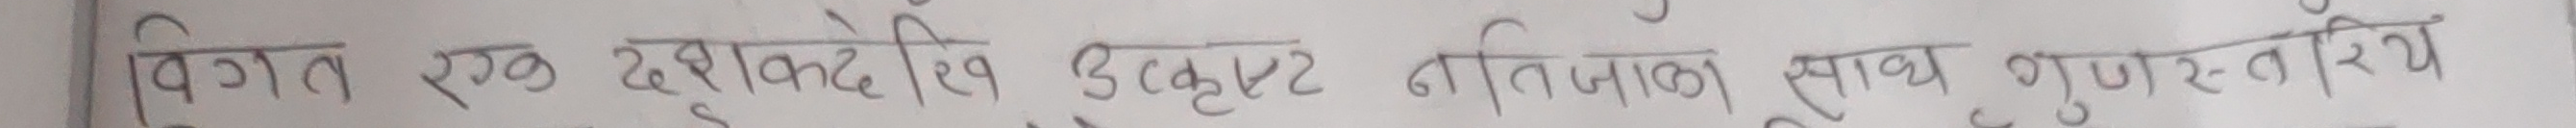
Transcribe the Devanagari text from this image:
विगत एक दृष्टिकोन उत्कृष्ट नतिजाका साथ गुणस्तरीय